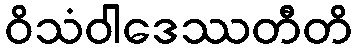
ဝိသံဝါဒေဿတီတိ